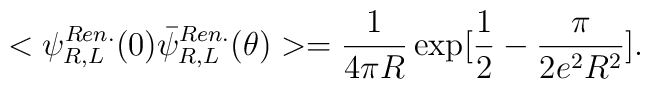
<\psi^{Ren.}_{R,L}(0)\bar{\psi}^{Ren.}_{R,L}(\theta)>={1\over 4\pi R}\exp[{1\over 2}-{\pi\over 2 e^2 R^2}].